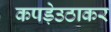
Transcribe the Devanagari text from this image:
कपड़ेउठाकर